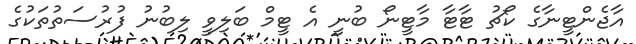
އާޖެންޓީނާގެ ކޯޗު ޓާޓާ މާޓީނޯ ބުނީ އެ ޓީމް ބަލިވީ ލިބުނު ފުރުސަތުތަކުގެ